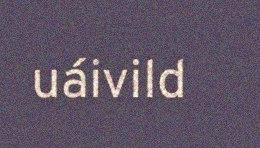
uáivild